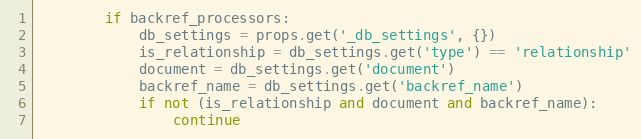
Language: Python
        if backref_processors:
            db_settings = props.get('_db_settings', {})
            is_relationship = db_settings.get('type') == 'relationship'
            document = db_settings.get('document')
            backref_name = db_settings.get('backref_name')
            if not (is_relationship and document and backref_name):
                continue